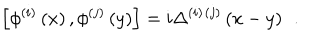
LaTeX: \left[ \phi ^ { ( i ) } \left( x \right) , \phi ^ { ( j ) } \left( y \right) \right] = i \Delta ^ { ( i ) } { } ^ { ( j ) } \left( x - y \right) \; \, .